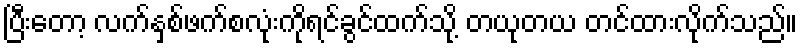
ပြီးတော့ လက်နှစ်ဖက်စလုံးကိုရင်ခွင်ထက်သို့ တယုတယ တင်ထားလိုက်သည်။